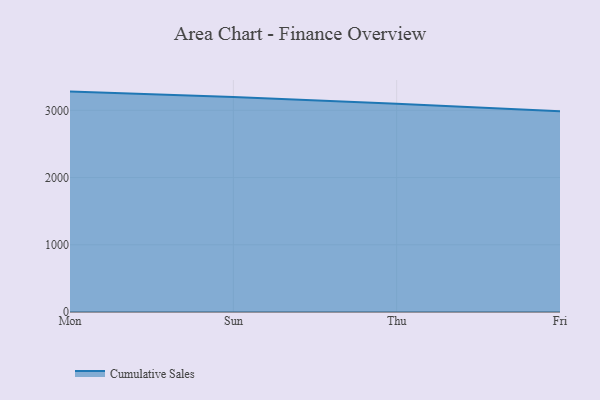
{"axis": {"x": "Day", "y": "Bounce Rate (%)"}, "legend": ["Cumulative Sales"], "data": [{"x": "Mon", "y": 3278.5, "type": "Cumulative Sales"}, {"x": "Sun", "y": 3198.5, "type": "Cumulative Sales"}, {"x": "Thu", "y": 3097.0, "type": "Cumulative Sales"}, {"x": "Fri", "y": 2986.7, "type": "Cumulative Sales"}]}